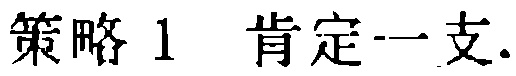
策略 1 肯定一支.